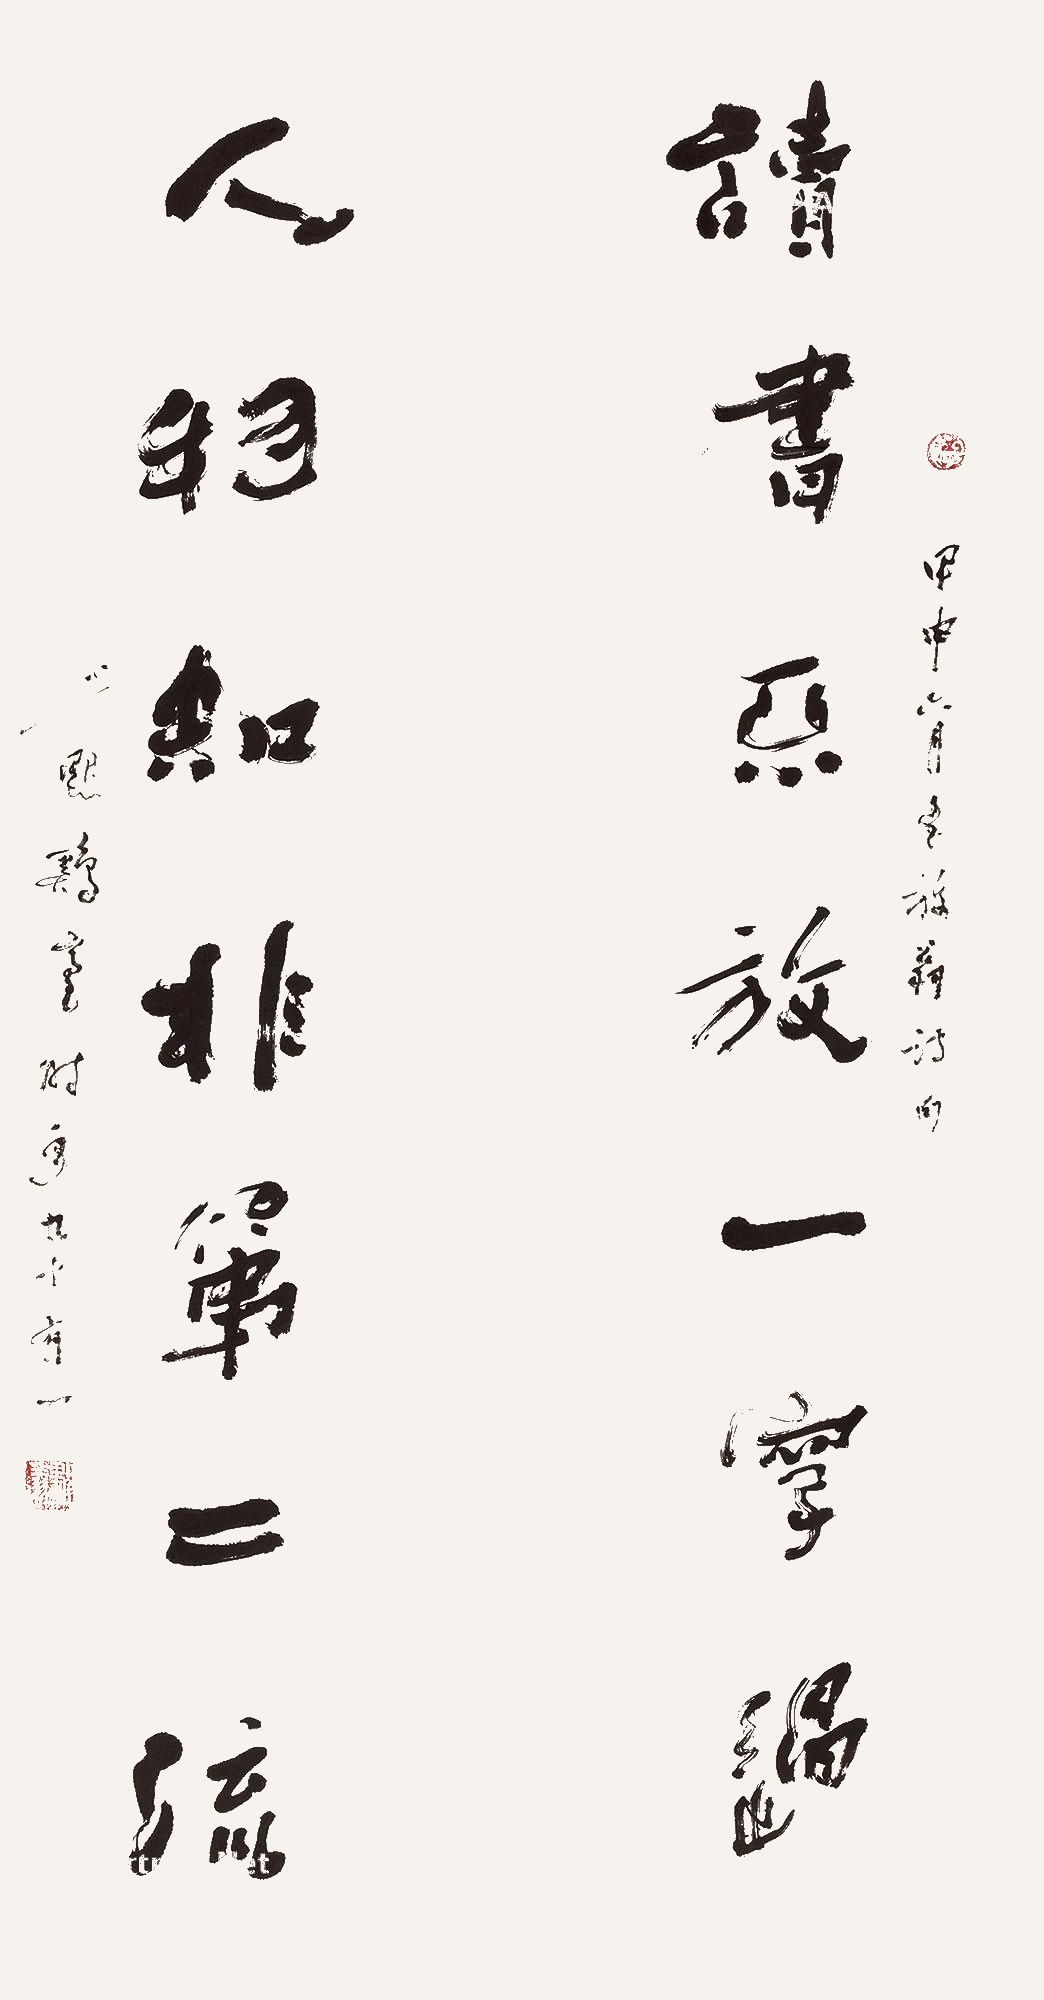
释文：读书不放一字过，人物知非第二流。甲申六月书陆放翁诗句，少默鸡毫时年九十有一。